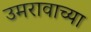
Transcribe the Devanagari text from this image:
उमरावाच्या